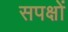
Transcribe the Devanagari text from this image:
सपक्षों